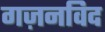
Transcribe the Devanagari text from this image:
गज़नविद